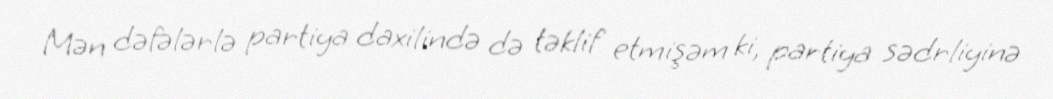
Mən dəfələrlə partiya daxilində də təklif etmişəm ki, partiya sədrliyinə